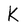
Character: K